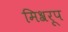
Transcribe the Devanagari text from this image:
मिश्ररूप